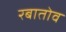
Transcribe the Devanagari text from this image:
रबातोव